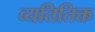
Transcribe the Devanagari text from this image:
व्यतितिक्त